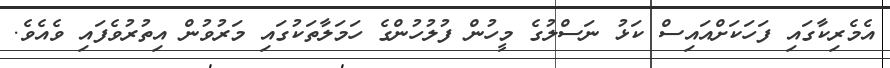
އެމެރިކާގައި ފަހަކަށްއައިސް ކަޅު ނަސްލުގެ މީހުން ފުލުހުންގެ ހަމަލާތަކުގައި މަރުވުން އިތުރުވެފައި ވެއެވެ.